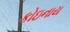
કોઇનાય